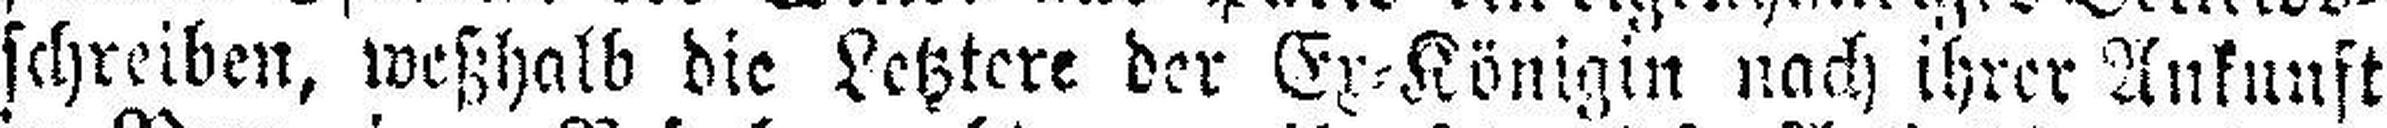
schreiben, weßhalb die Letztere der Ex=Königin nach ihrer Ankunft